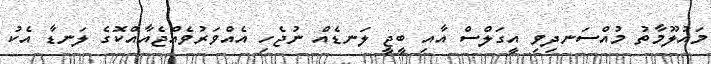
މައުލޫމާތު މުއްސަނދިވި އީގަލްސް އާއި ބީޖީ ލަނޑެއް ނުޖެހި އެއްވަރުވެއްޖެއާއްކޮގެ ލަނޑާ އެކު